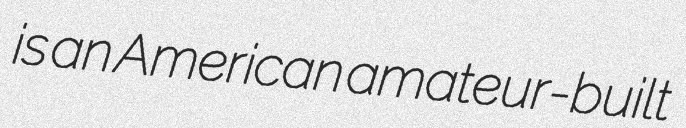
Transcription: is an American amateur-built